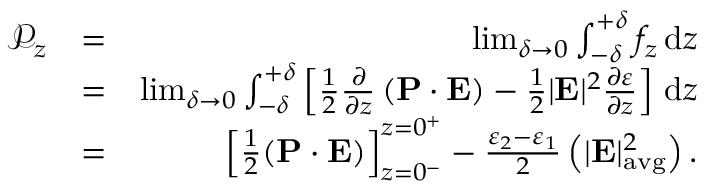
\begin{array} { r l r } { \mathcal { P } _ { z } } & { = } & { \operatorname* { l i m } _ { \delta \to 0 } \int _ { - \delta } ^ { + \delta } f _ { z } \, \mathrm { d } z } \\ & { = } & { \operatorname* { l i m } _ { \delta \to 0 } \int _ { - \delta } ^ { + \delta } \left[ \frac { 1 } { 2 } \frac { \partial } { \partial z } \left( \mathbf P \cdot \mathbf E \right) - \frac { 1 } { 2 } | \mathbf E | ^ { 2 } \frac { \partial \varepsilon } { \partial z } \right] \, \mathrm { d } z } \\ & { = } & { \left[ \frac { 1 } { 2 } ( \mathbf P \cdot \mathbf E ) \right] _ { z = 0 ^ { - } } ^ { z = 0 ^ { + } } - \frac { \varepsilon _ { 2 } - \varepsilon _ { 1 } } { 2 } \left( | \mathbf E | _ { \mathrm { a v g } } ^ { 2 } \right) . } \end{array}